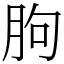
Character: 朐